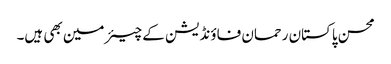
محسن پاکستان رحمان فاؤنڈیشن کے چیئرمین بھی ہیں۔